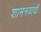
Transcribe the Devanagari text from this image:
शामनवादी